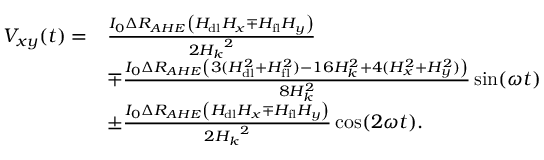
\begin{array} { r l } { V _ { x y } ( t ) = } & { \frac { I _ { 0 } \Delta R _ { A H E } \left( H _ { \mathrm { d l } } H _ { x } \mp H _ { \mathrm { f l } } H _ { y } \right) } { 2 { H _ { k } } ^ { 2 } } } \\ & { \mp \frac { I _ { 0 } \Delta R _ { A H E } \left( 3 ( H _ { \mathrm { d l } } ^ { 2 } + H _ { \mathrm { f l } } ^ { 2 } ) - 1 6 H _ { k } ^ { 2 } + 4 ( H _ { x } ^ { 2 } + H _ { y } ^ { 2 } ) \right) } { 8 H _ { k } ^ { 2 } } \sin ( \omega t ) } \\ & { \pm \frac { I _ { 0 } \Delta R _ { A H E } \left( H _ { \mathrm { d l } } H _ { x } \mp H _ { \mathrm { f l } } H _ { y } \right) } { 2 { H _ { k } } ^ { 2 } } \cos ( 2 \omega t ) . } \end{array}